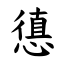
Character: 憄